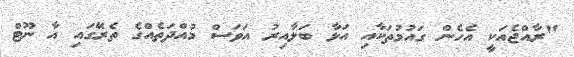
"ރާއްޖެއަކީ އެހެން ގައުމުތަކާއި އަޅާ ބަލާއިރު އަވަސް މުއްދަތެއްގެ ތެރޭގައި އާ ނޫޓް